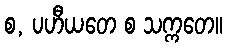
စ, ပဟီယတေ စ သက္ကတေ။